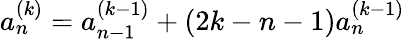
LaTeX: a_{n}^{(k)}=a_{n-1}^{(k-1)}+(2k-n-1)a_{n}^{(k-1)}